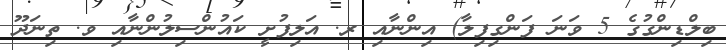
ބިލްޑިންގުގެ 5 ވަނަ ފަންގިފިލާ) އިންނާއި ރ. އަލިފުށީ ކައުންސިލުންނާއި ވ. ތިނަދޫ